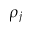
\rho _ { j }